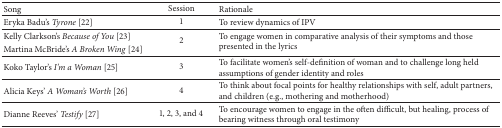
| Song | Session | Rationale |
 | --- | --- | --- |
 | Eryka Badu's Tyrone [22] | 1 | To review dynamics of IPV |
 | Kelly Clarkson's Because of You [23] | <ROWSPAN=2> 2 | <ROWSPAN=2> To engage women in comparative analysis of their symptoms and those presented in the lyrics |
 | Martina McBride's A Broken Wing [24] |
 | Koko Taylor's I'm a Woman [25] | 3 | To facilitate women's self-definition of woman and to challenge long held assumptions of gender identity and roles |
 | Alicia Keys' A Woman's Worth [26] | 4 | To think about focal points for healthy relationships with self, adult partners, and children (e.g., mothering and motherhood) |
 | Dianne Reeves' Testify [27] | 1, 2, 3, and 4 | To encourage women to engage in the often difficult, but healing, process of bearing witness through oral testimony |